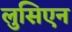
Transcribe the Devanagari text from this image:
लुसिएन